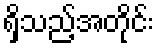
ရှိသည့်အတိုင်း